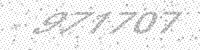
Solution: 971707